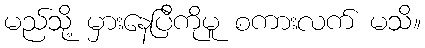
မည်သို့ မှားနေပြီကိုမူ စကားလက် မသိ။